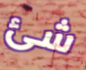
شئ